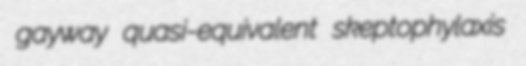
gayway quasi-equivalent skeptophylaxis